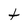
Character: t